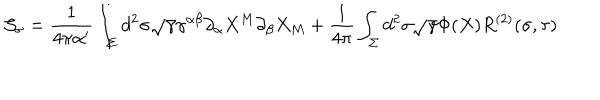
{ \cal S } _ { \sigma } = \frac { 1 } { 4 \pi \alpha ^ { \prime } } \int _ { \Sigma } d ^ { 2 } \sigma \sqrt { \gamma } \gamma ^ { \alpha \beta } \partial _ { \alpha } X ^ { M } \partial _ { \beta } X _ { M } + \frac { 1 } { 4 \pi } \int _ { \Sigma } d ^ { 2 } \sigma \sqrt { \gamma } \Phi ( X ) R ^ { ( 2 ) } ( \sigma , \tau )